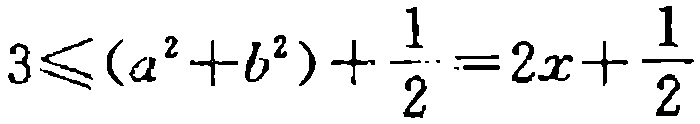
$3\leqslant(a^{2}+b^{2})+\frac{1}{2}=2x+\frac{1}{2}$